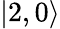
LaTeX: |2,0\rangle